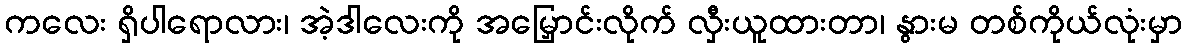
ကလေး ရှိပါရောလား၊ အဲ့ဒါလေးကို အမြှောင်းလိုက် လှီးယူထားတာ၊ နွားမ တစ်ကိုယ်လုံးမှာ